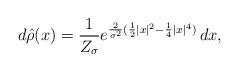
LaTeX: \begin{align*}d \hat{\rho}(x) = \frac{1}{Z_\sigma} e^{\frac{2}{\sigma^2}(\frac{1}{2} |x|^2 - \frac{1}{4} |x|^4) } \, dx ,\end{align*}